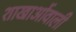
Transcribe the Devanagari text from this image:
शाखाओंवाली